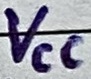
Text: VCC